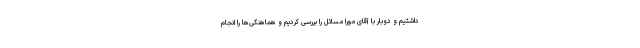
داشتیم و دوبار با آقای مورا مسائل را بررسی کردیم و هماهنگی‌ها را انجام